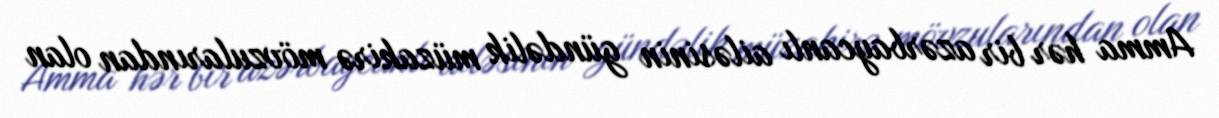
Amma hər bir azərbaycanlı ailəsinin gündəlik müzakirə mövzularından olan